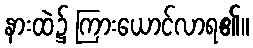
နားထဲ၌ ကြားယောင်လာရ၏။